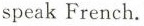
speak French.